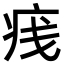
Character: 𪽭